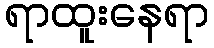
ရာထူးနေရာ